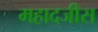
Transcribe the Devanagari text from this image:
महादजीस